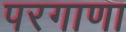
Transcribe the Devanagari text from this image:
परगाणा